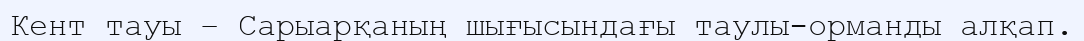
Кент тауы – Сарыарқаның шығысындағы таулы-орманды алқап.